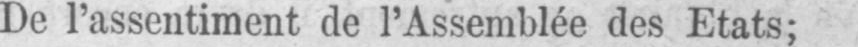
De l’assentiment de l’Assemblée des Etats;